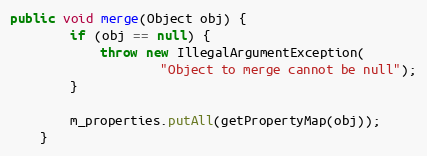
Language: Java
public void merge(Object obj) {
        if (obj == null) {
            throw new IllegalArgumentException(
                    "Object to merge cannot be null");
        }

        m_properties.putAll(getPropertyMap(obj));
    }